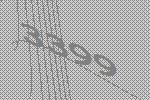
3399